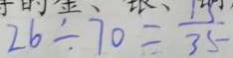
2 6 \div 7 0 = \frac { 1 3 } { 3 5 }